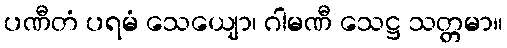
ပဏီတံ ပရမံ သေယျော၊ ဂါမဏီ သေဋ္ဌ သတ္တမာ။